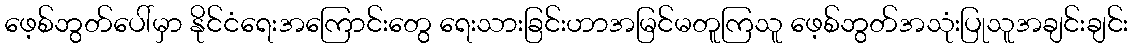
ဖေ့စ်ဘွတ်ပေါ်မှာ နိုင်ငံရေးအကြောင်းတွေ ရေးသားခြင်းဟာအမြင်မတူကြသူ ဖေ့စ်ဘွတ်အသုံးပြုသူအချင်းချင်း